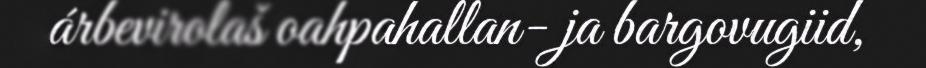
árbevirolaš oahpahallan- ja bargovugiid,